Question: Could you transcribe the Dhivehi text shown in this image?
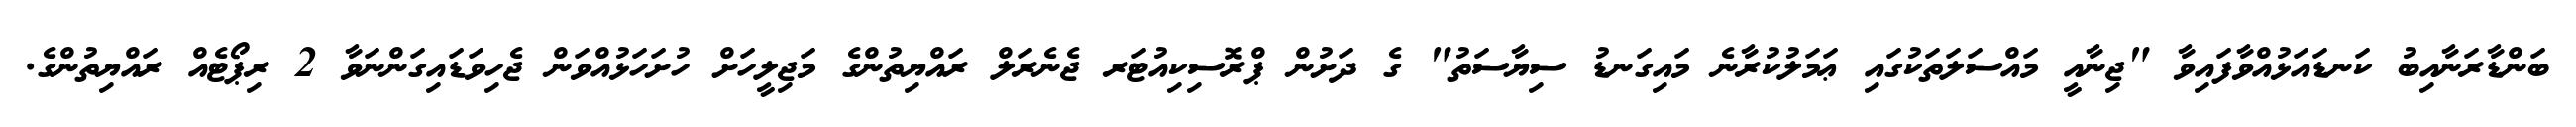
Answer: ބަންޑާރަނާއިބު ކަނޑައަޅުއްވާފައިވާ "ޖިނާއީ މައްސަލަތަކުގައި ޢަމަލުކުރާނެ މައިގަނޑު ސިޔާސަތު" ގެ ދަށުން ޕްރޮސިކިއުޓަރ ޖެނެރަލް ރައްޔިތުންގެ މަޖިލީހަށް ހުށަހަޅުއްވަން ޖެހިވަޑައިގަންނަވާ 2 ރިޕޯޓެއް ރައްޔިތުންގެ.